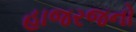
હાજરજનો